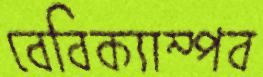
বেবিক্যাম্পব